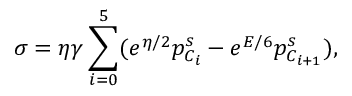
\sigma = \eta \gamma \sum _ { i = 0 } ^ { 5 } ( e ^ { \eta / 2 } p _ { C _ { i } } ^ { s } - e ^ { E / 6 } p _ { C _ { i + 1 } } ^ { s } ) ,